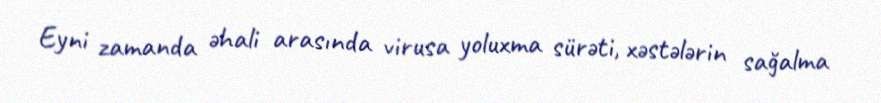
Eyni zamanda əhali arasında virusa yoluxma sürəti, xəstələrin sağalma